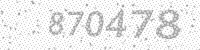
Solution: 870478